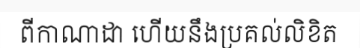
ពីកាណាដា ហើយនឹងប្រគល់លិខិត